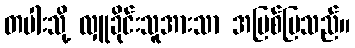
တပါးသို့ လှူခိုင်းသူအားသာ အပြစ်ပြသည်။